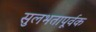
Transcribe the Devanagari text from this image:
सुलभतापूर्वक